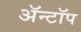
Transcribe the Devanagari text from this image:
ॲन्टॉप